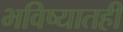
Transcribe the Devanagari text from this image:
भविष्यातही